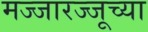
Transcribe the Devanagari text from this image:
मज्जारज्जूच्या